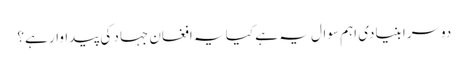
دوسرا بنیادی اہم سوال یہ ہے کیا یہ افغان جہاد کی پیداوار ہے؟